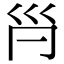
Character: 𡿩